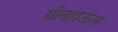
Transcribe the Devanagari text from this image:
ग्रीनहाऊस